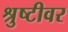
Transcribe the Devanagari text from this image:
श्रुष्टीवर